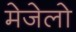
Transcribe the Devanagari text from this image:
मेजेलो